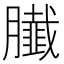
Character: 𦢙